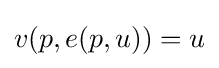
v(p,e(p,u))=u